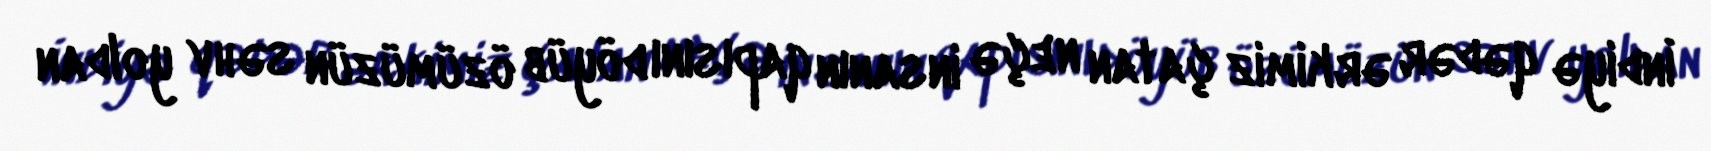
İndiyə qədər ərkimiz çatan neçə insanın qapısını döyüb özümüzün səhv yoldan